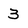
Character: 3